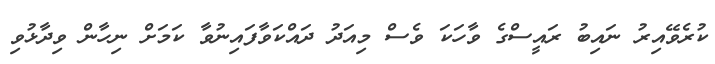
ކުރެވޭއިރު ނައިބު ރައީސްގެ ވާހަަކަ ވެސް މިއަދު ދައްކަވާފައިނުވާ ކަމަށް ނިހާން ވިދާޅުވި